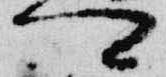
可